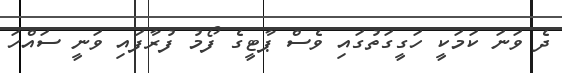
ދެ ވަނަ ކަމަކީ ހަގީގަތުގައި ވެސް ޕާޓީގެ ފޯމު ފުރާފައި ވަނީ ސައްހަ